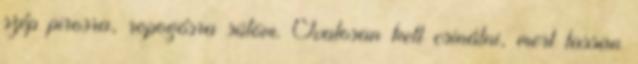
szép pirosra, ropogósra sütöm. Óvatosan kell csinálni, mert lassan